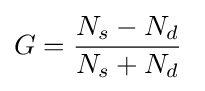
G={\frac {N_{s}-N_{d}}{N_{s}+N_{d}}}\